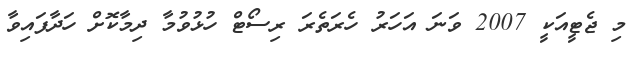
މި ޖެޓީއަކީ 2007 ވަނަ އަހަރު ހެރަތެރަ ރިސޯޓް ހުޅުވުމާ ދިމާކޮށް ހަދާފައިވާ